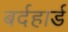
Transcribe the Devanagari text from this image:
बर्दहार्ड